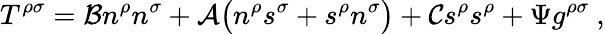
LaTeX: T^{\rho\sigma}={\cal B}n^{\rho}n^{\sigma}+{\cal A}\big(n^{\rho}s^{\sigma}+s^{\rho}n^{\sigma}\big)+{\cal C}s^{\rho}s^{\rho}+\Psi g^{\rho\sigma}\ ,